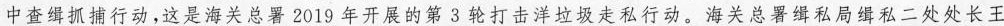
中查缉抓捕行动，这是海关总署2019年开展的第3轮打击洋垃圾走私行动。海关总署缉私局缉私二处处长王